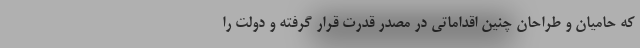
که حامیان و طراحان چنین اقداماتی در مصدر قدرت قرار گرفته و دولت را